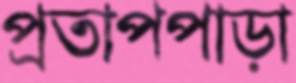
প্রতাপপাড়া